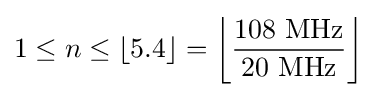
1\leq n\leq \lfloor 5.4\rfloor =\left\lfloor {108\ \mathrm {MHz}  \over 20\ \mathrm {MHz} }\right\rfloor